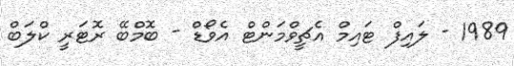
1989 - ލައިފް ޓައިމް އެޗީވްމަންޓް އެވޯޑް - ބޮމްބޭ ރޮޓަރީ ކްލަބް